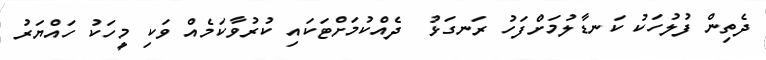
ދެތިން ފުލުހަކު ކަނޑާލުމަށްފަހު ރަނގަޅު  ދެއްކުމަށްޓަކައި ކުރުވާކަމެއް ވަކި މީހަކު ހައްޔަރު